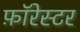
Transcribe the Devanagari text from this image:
फ़ॉरेस्टर